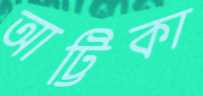
আট্টিকা